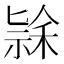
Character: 𮂄